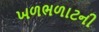
ખળભળાટની